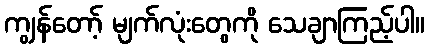
ကျွန်တော့် မျက်လုံးတွေကို သေချာကြည့်ပါ။